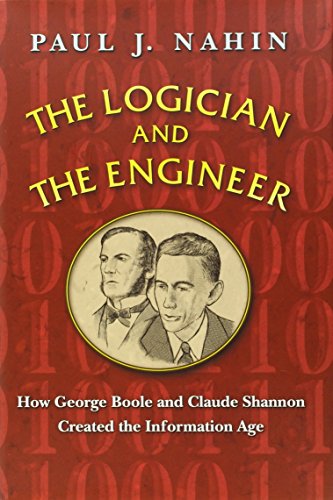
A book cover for The Logician and the Engineer: How George Boole and Claude Shannon Created the Information Age; Paul J. Nahin; Computers & Technology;